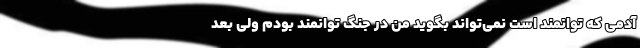
آدمی که توانمند است نمی‌تواند بگوید من در جنگ توانمند بودم ولی بعد